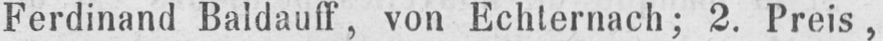
Ferdinand Baldauff, von Echternach; 2. Preis,